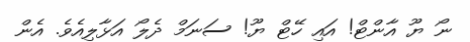
ނޯ ޔޫ އާންޓް! އައި ހޭޓް ޔޫ! ސަނަމް ދެލޯ އަޅާލިއެވެ. އެން